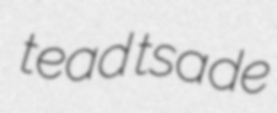
tead tsade